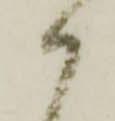
か